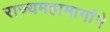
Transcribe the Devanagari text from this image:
राज्यमहामार्गाने